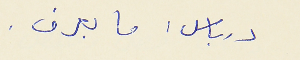
درباس : ما بعرف .